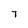
Character: 7